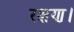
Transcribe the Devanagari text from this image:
रक्षण।